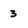
Character: 3